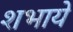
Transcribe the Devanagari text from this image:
शभाये